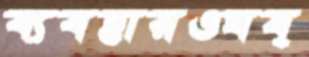
ব্যবহারওঘষ্